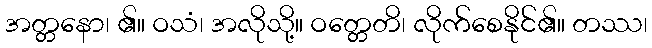
အတ္တနော၊ ၏။ ဝသံ၊ အလိုသို့။ ဝတ္တေတိ၊ လိုက်စေနိုင်၏။ တဿ၊